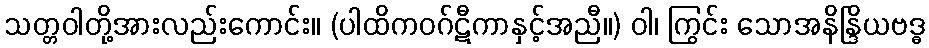
သတ္တဝါတို့အားလည်းကောင်း။ (ပါထိကဝဂ်ဋီကာနှင့်အညီ။) ဝါ၊ ကြွင်း သောအနိန္ဒြိယဗဒ္ဓ